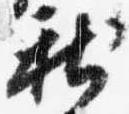
新